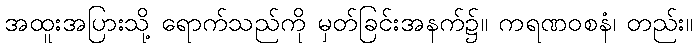
အထူးအပြားသို့ ရောက်သည်ကို မှတ်ခြင်းအနက်၌။ ကရဏဝစနံ၊ တည်း။